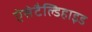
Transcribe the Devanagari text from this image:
ऐसेटैल्डिहाइड